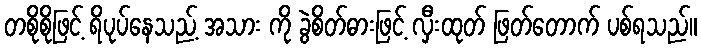
တစိုစိုဖြင့် ရိပုပ်နေသည့် အသား ကို ခွဲစိတ်ဓားဖြင့် လှီးထုတ် ဖြတ်တောက် ပစ်ရသည်။